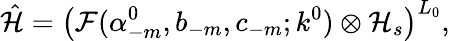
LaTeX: \hat{\cal H}=\left({\cal F}(\alpha_{-m}^{0},b_{-m},c_{-m};k^{0})\otimes{\cal H}_{s}\right)^{L_{0}},